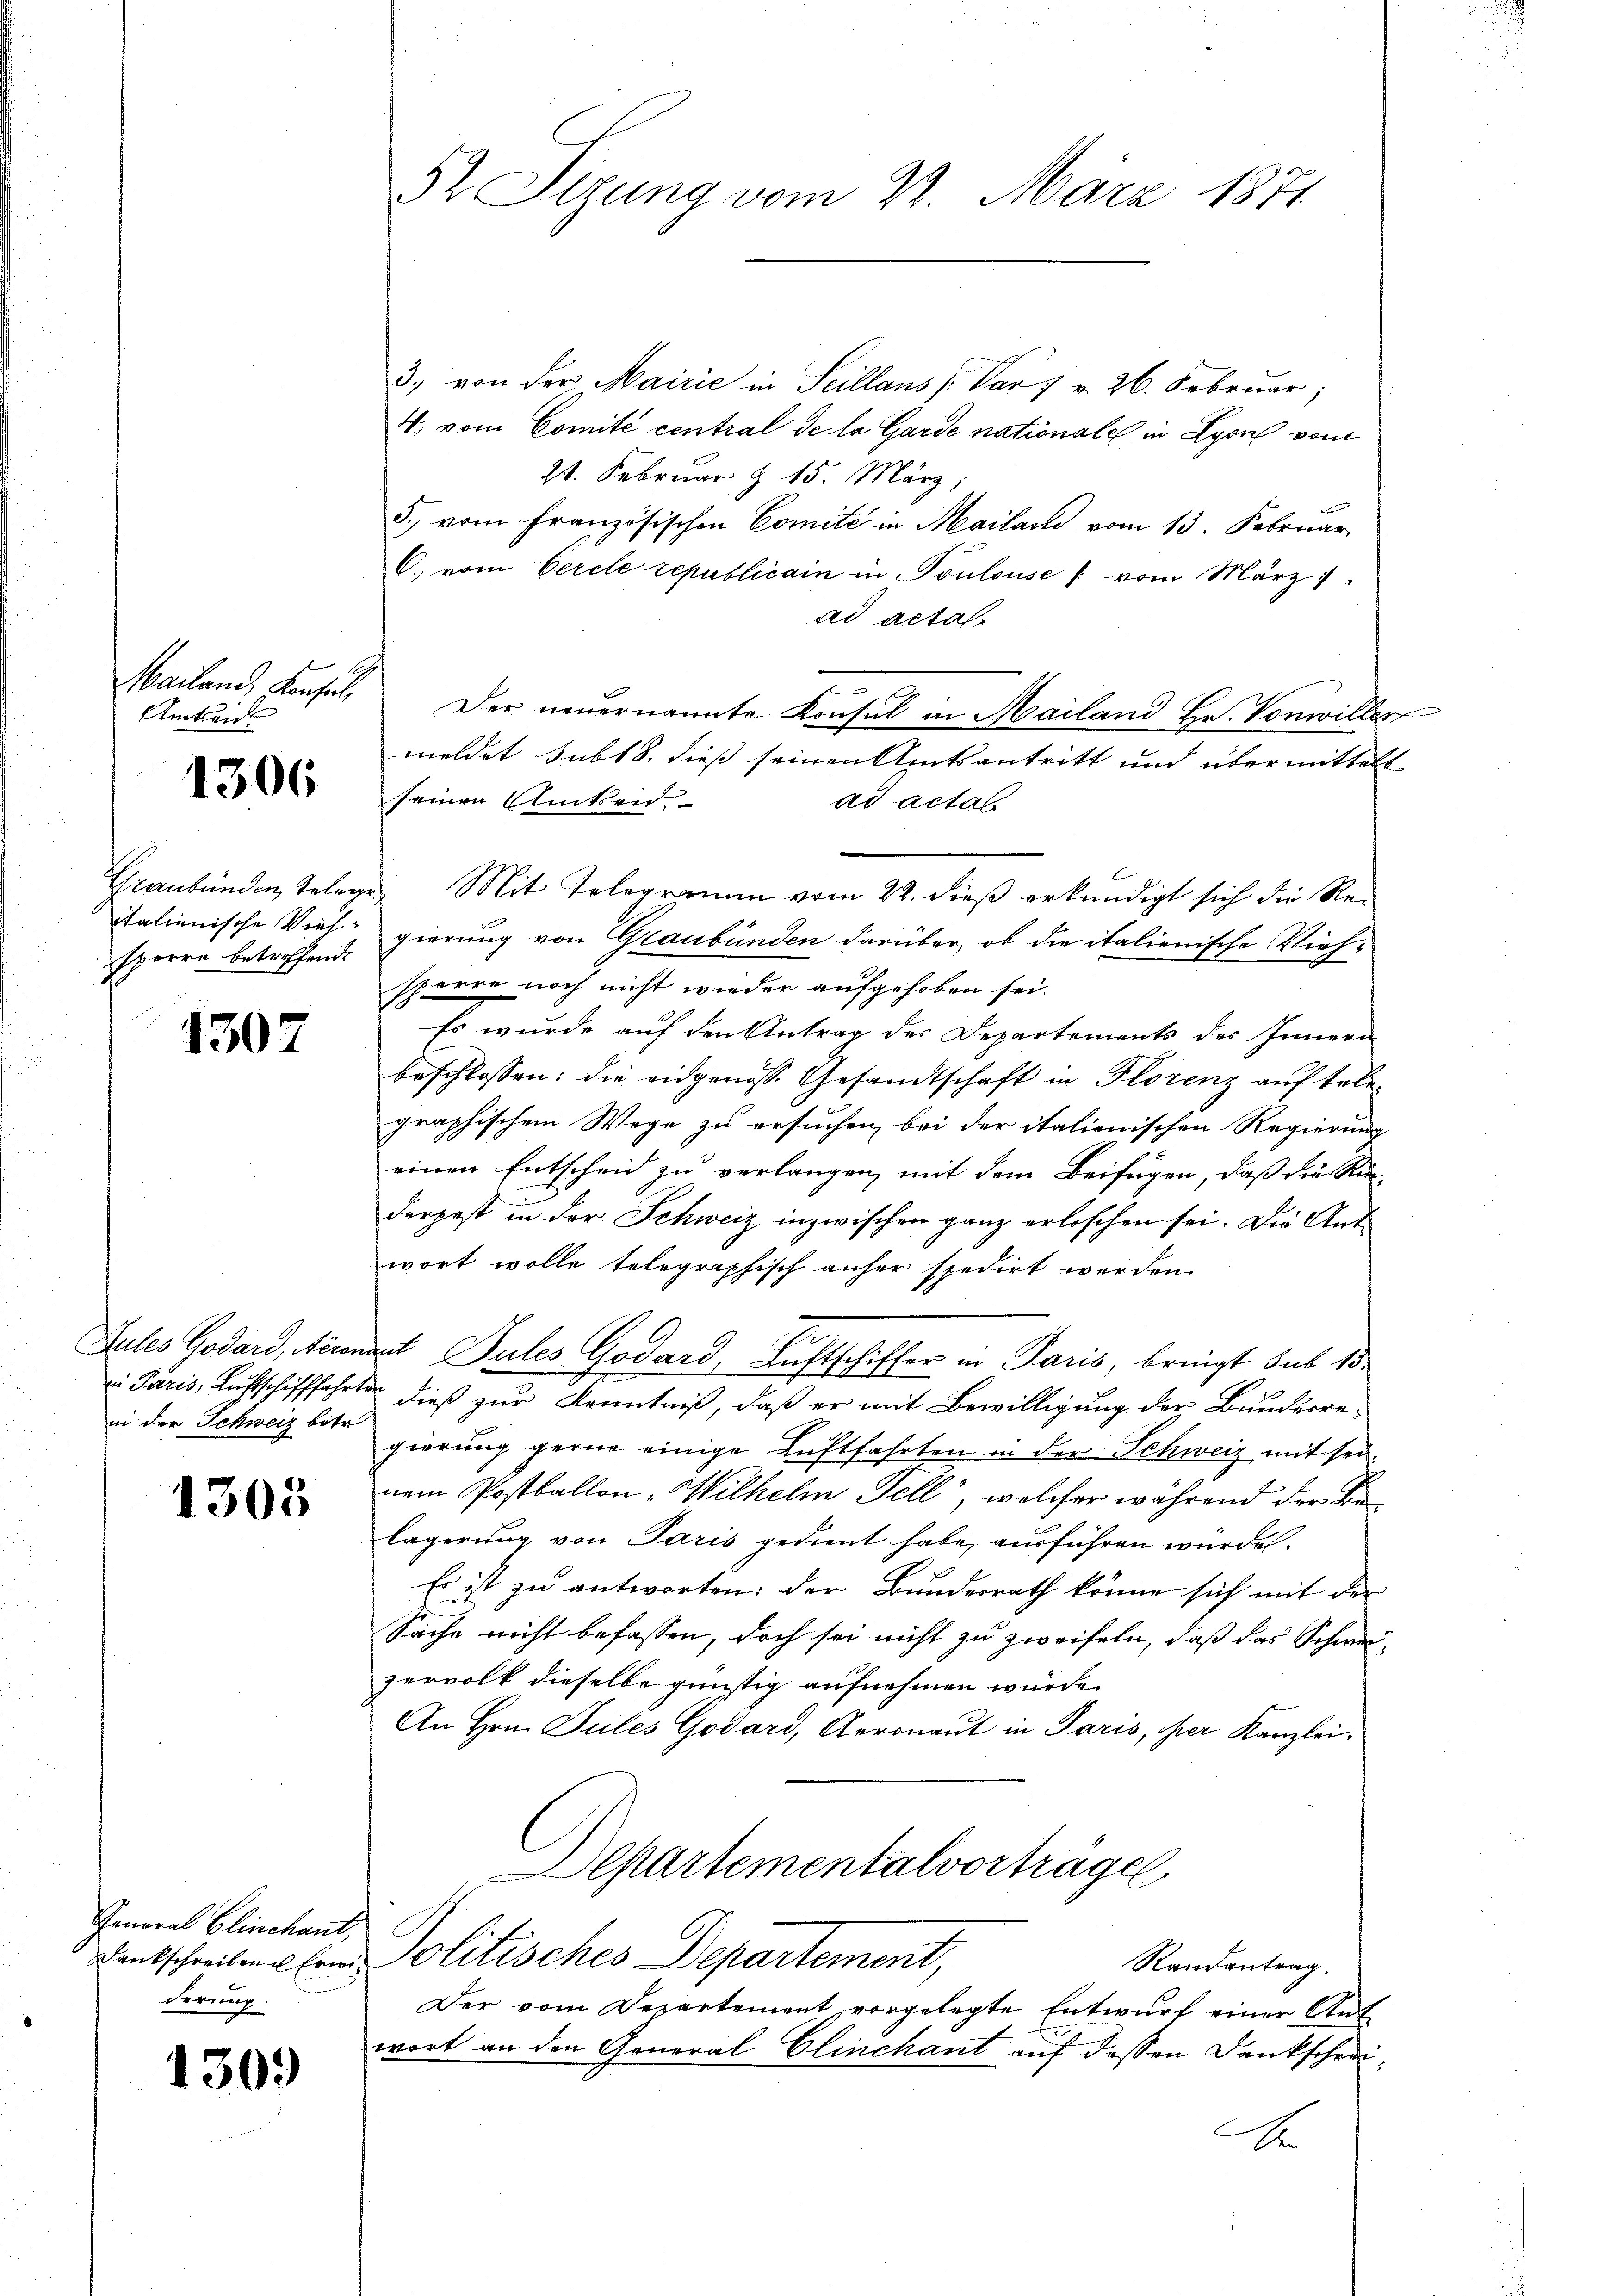
Mailand, Konsul,
Amtsan¬

1306

Graubünden, Teleg
italienische Viehsporre betreffende

1307

Lules Godard, derem
in Paris, Luftschifffahrte
in der Schweiz betr.

1305

General Clinchant,
Dankschreiben u Erweiderung.

1309)

Pr. Sirung vom 22. März 1871

3.) von der Mairie in Seillans Par 7 v. 26. Februar,
4. vom Comité central de la Garde nationale in Lyon vom
21. Februar & 15. März,
5.) vom Französischen Comité in Mailan vom 13. Februar
C. vom Gercle republicam in Soulouse / vom März 1
ad actal-
Der neuernannte Konsul in Mailand Hr. Vonwiller
meldet sub 18. dieß seinen Amtsantritt und übermittelt.
seinen Rücken.
ad actat
 Mit Telegramm vom 22. dieß erkundigt sich die Regierung von Graubünden darüber, ob die italienische Viehsperre noch nicht wieder aufgehoben sei.
Es wurde auf den Antrag des Departements des Innern
beschlossen: die eidgenösse Gesandtschaft in Florenz auf telegraphischem Wege zu ersuchen, bei der italienischen Regierung
einen Entscheid zu verlangen, mit dem Beifügen, daß die Kin-
derpest in der Schweiz inzwischen ganz erloschen sei. Die Ant-
wort wolle telegraphisch anher spedirt werden.
at Pules Godard, Luftschiffer in Paris, bringt sub 15.
dieß zur Kenntniß, daß er mit Bewilligung der Bundesre-
gierung gerne einige Luftfahrten in der Schweiz mit seinem Postballon "Wilhelm Fell, welcher während der Belägerung von Paris gedient habe, ausführen würde.
2
Es ist zu antworten: der Bundesrath könne sich mit der
Sache nicht befassen, doch sei nicht zu zweifeln, daß das Schweizervolk dieselbe günstig aufnehmen wurde.
An Hrn. Sules Godard, Arronaut in Paris, per Kanzlei.
Departementalvorträge
Politisches Departement,
Randantrag.
Der vom Departement vorgelegte Entwurf einer Antwort an den General Clinchant auf dessen Dankscheri
E